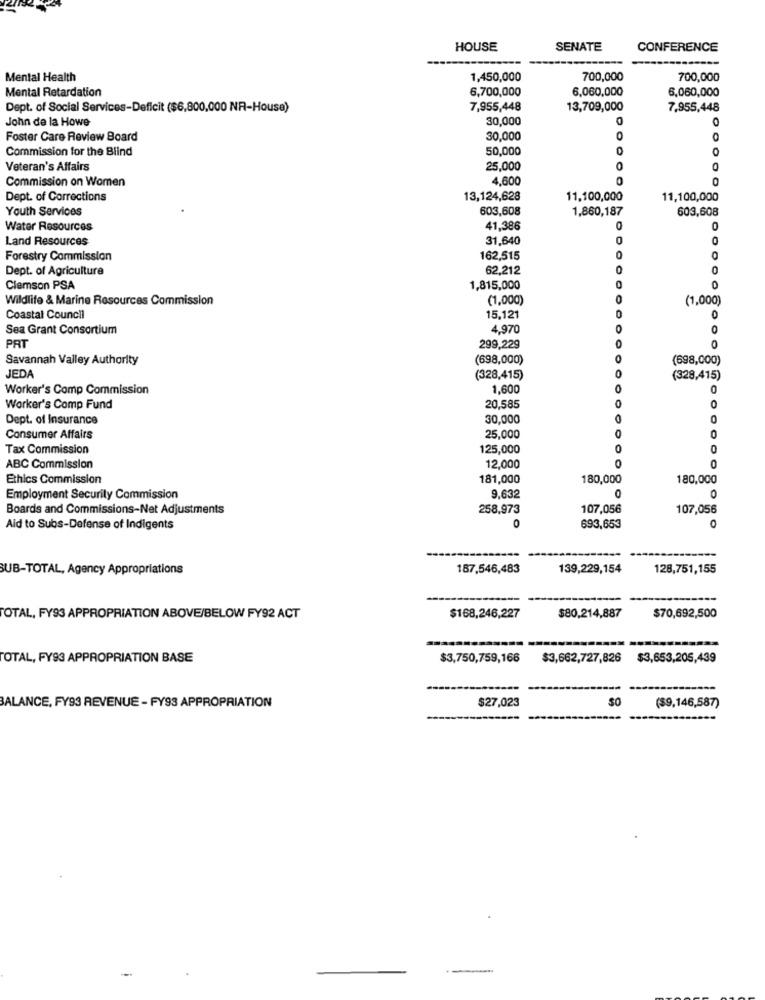
HOUSE
SENATE
CONFERENCE
Mental Health
1,450,000
700,000
700,000
Mental Retardation
6,700,000
6,060,000
6,060,000
Dept. of Social Services-Deficit ($6,800,000 NR-House)
7,955,448
13,709,000
7,955,448
John de la Howe
30,000
Foster Care Review Board
30,000
0
Commission for the Blind
50,000
0
Veteran's Affairs
25,000
0
0
4,600
0
0
Commission on Women
Dept. of Corrections
13,124,628
11,100,000
11,100,000
Youth Services
603,608
1,860,187
603,608
Water Resources
41,386
Land Resources
31,640
0
O
Forestry Commission
162,515
0
0
Dept. of Agriculture
62,212
Clemson PSA
1,815,000
Wildlife & Marine Resources Commission
(1,000)
(1,000)
Coastal Council
15,121
0
Sea Grant Consortium
4,970
PAT
299,229
Savannah Valley Authority
(698,000)
0
(698,000)
0
JEDA
(328,415)
(328,415)
Worker's Comp Commission
1,600
0
Worker's Comp Fund
20,585
Dept. of Insurance
30,000
0
0
0
Consumer Affairs
25,000
Tax Commission
125,000
0
0
0
ABC Commission
12,000
Ethics Commission
181,000
180,000
180,000
9.632
Employment Security Commission
0
Boards and Commissions-Net Adjustments
258,973
107,056
107,056
0
Aid to Subs-Defense of Indigents
693,653
O
SUB-TOTAL, Agency Appropriations
187,546,483
139,229,154
128,751,155
TOTAL, FY93 APPROPRIATION ABOVE/BELOW FY92 ACT
$168,246,227
$80,214,887
$70,692,500
TOTAL, FY93 APPROPRIATION BASE
$3,750,759,166
$3,662,727,826
$3,653,205,439
$27,023
BALANCE, FY93 REVENUE - FY93 APPROPRIATION
($9,146,587)